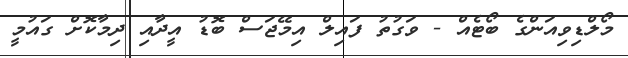
މޯލްޑިވިއަންގެ ބޯޓެއް - ވަގުތު ފައިލް އިމޭޖަސް ބޮޑު އީދާއި ދިމާކޮށް ގައުމީ